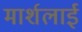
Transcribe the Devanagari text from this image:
मार्शलाई